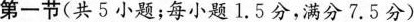
第一节(共5小题;每小题1.5分,满分7.5分)